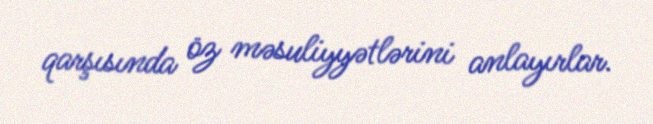
qarşısında öz məsuliyyətlərini anlayırlar.